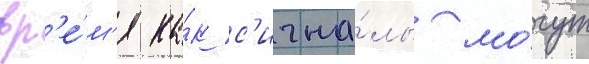
вр'е́м'я ка́к с'игна́лы мо́гут